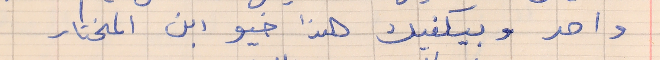
واحد وبيكفيك هذا خيو ابن المختار